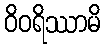
ဝိဝရိဿာမိ